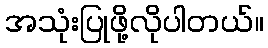
အသုံးပြုဖို့လိုပါတယ်။